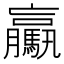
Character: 驘